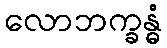
လောဘက္ခန္ဓံ